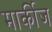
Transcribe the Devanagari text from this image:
मार्कीज